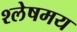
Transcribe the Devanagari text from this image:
श्लेषमय